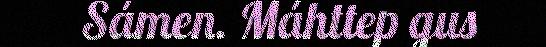
Sámen. Máhttep gus